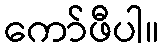
ကော်ဖီပါ။